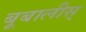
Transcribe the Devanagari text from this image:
बूबालीस्